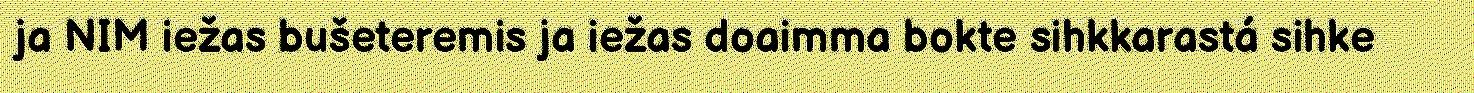
ja NIM iežas bušeteremis ja iežas doaimma bokte sihkkarastá sihke